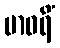
ဗာဝရိံ